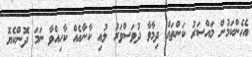
އެހެންކަމުން މައްސަރު ކަންތައް ދިމާވާ ދުވަސްވަރު ލުއި ކާނާއެއް ކާހިއްވާ ނަމަ ދޮންކެޔޮ